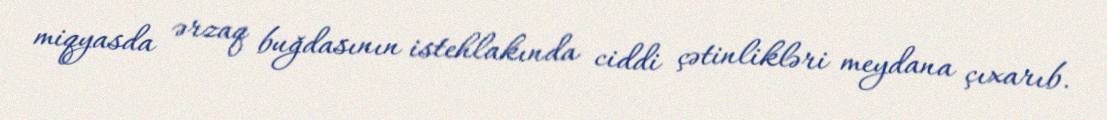
miqyasda ərzaq buğdasının istehlakında ciddi çətinlikləri meydana çıxarıb.